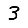
Digit: 3